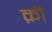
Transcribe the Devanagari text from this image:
क़ॊ